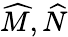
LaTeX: {\widehat{M}},{\widehat{N}}